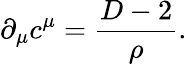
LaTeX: \partial_{\mu}c^{\mu}=\frac{D-2}{\rho}.